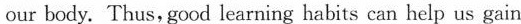
our body. Thus,good learning habits can help us gain